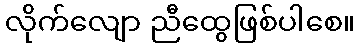
လိုက်လျော ညီထွေဖြစ်ပါစေ။